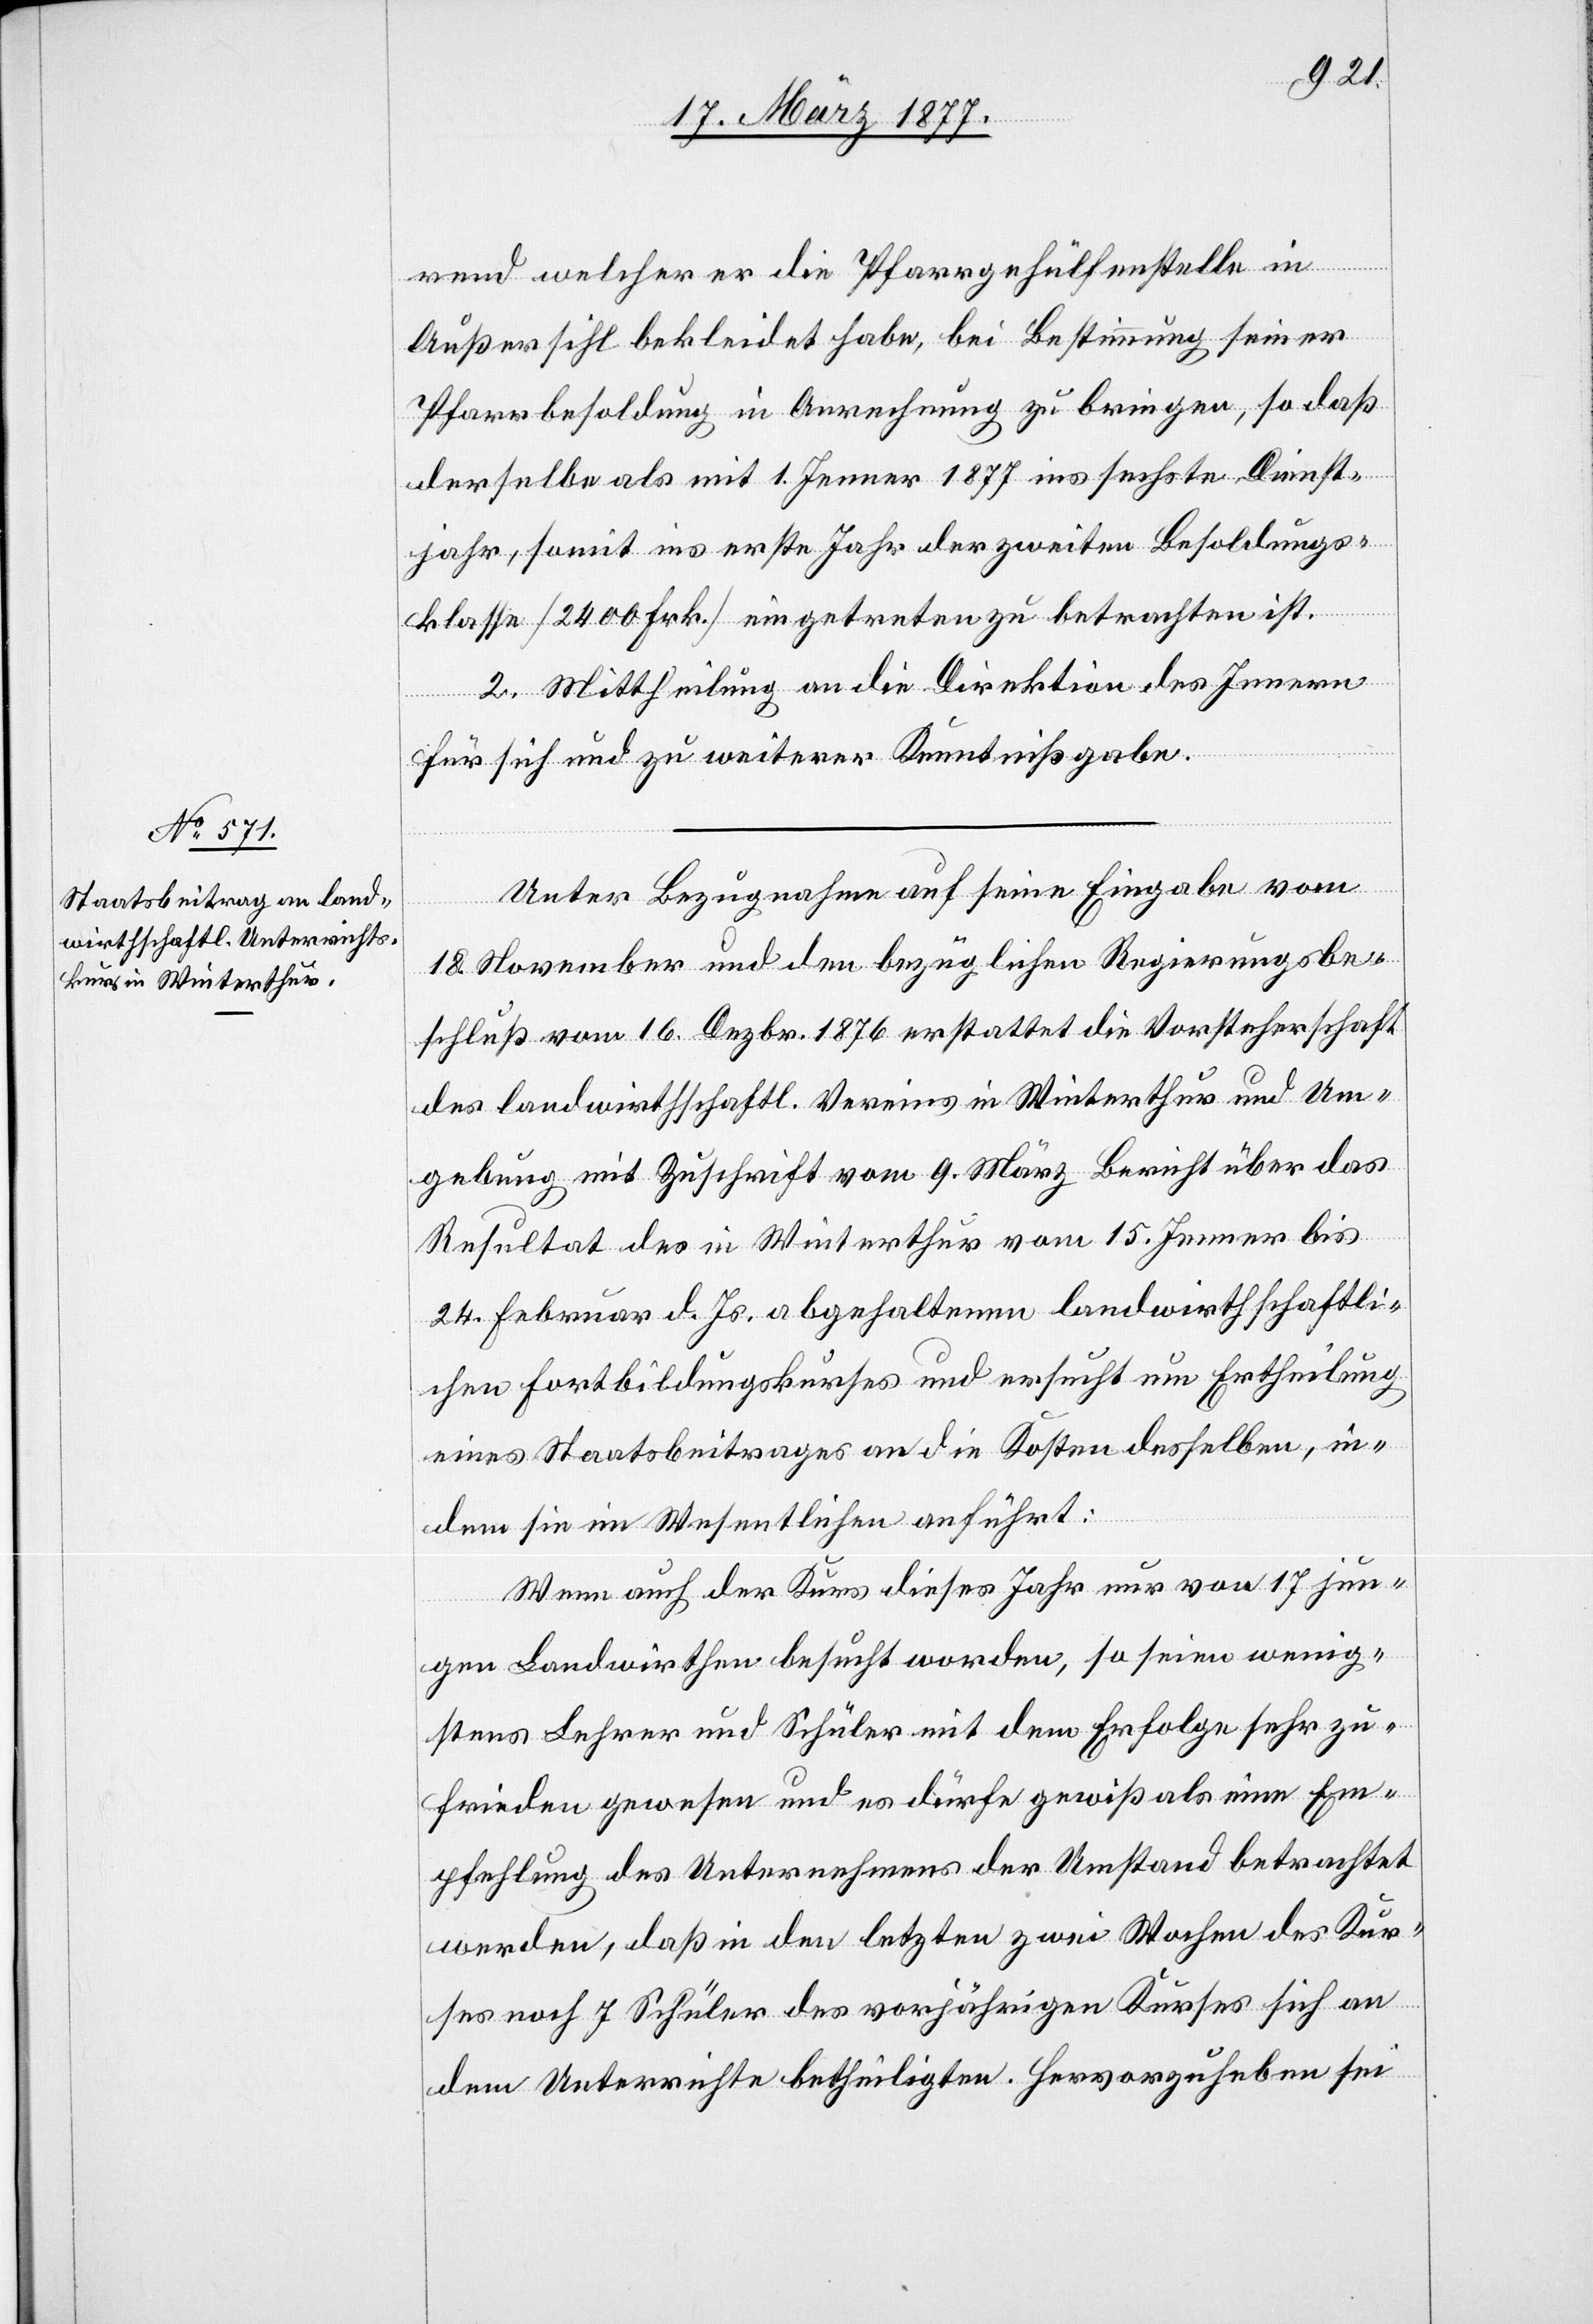
rend welcher er die Pfarrgehülfenstelle in
Außersihl bekleidet habe, bei Bestimmung seiner
Pfarrbesoldung in Anrechnung zu bringen, so daß
derselbe als mit 1. Jenner 1877 ins sechste Dienst¬
jahr, somit ins erste Jahr der zweiten Besoldungs¬
klasse [2400 Frk.] eingetreten zu betrachten ist.
2. Mittheilung an die Direktion des Innern
für sich und zu weiterer Kenntnißgabe.
Unter Bezugnahme auf seine Eingabe vom
18. November und den bezüglichen Regierungsbe¬
schluß vom 16. Dezbr. 1876 erstattet die Vorsteherschaft
des landwirthschaftl. Vereins in Winterthur und Um¬
gebung mit Zuschrift vom 9. März Bericht über das
Resultat des in Winterthur vom 15. Jenner bis
24. Februar d. Js. abgehaltenen landwirthschaftli¬
chen Fortbildungskurses und ersucht um Ertheilung
eines Staatsbeitrages an die Kosten desselben, in¬
dem sie im Wesentlichen anführt:
Wenn auch der Kurs dieses Jahr nur von 17 jun¬
gen Landwirthen besucht worden, so seien wenig¬
stens Lehrer und Schüler mit dem Erfolge sehr zu¬
frieden gewesen und es dürfe gewiß als eine Em¬
pfehlung des Unternehmens der Umstand betrachtet
werden, daß in den letzten zwei Wochen des Kur¬
ses noch 7 Schüler des vorjährigen Kurses sich an
dem Unterrichte betheiligten. Hervorzuheben sei